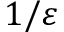
1 / \varepsilon